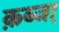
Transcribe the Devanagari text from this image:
क़ब्जा़